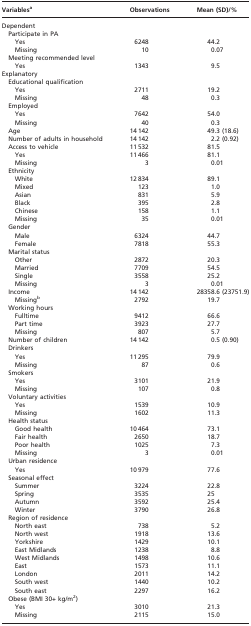
<table><thead><tr><td><b>Variables<sup>a</sup></b></td><td><b>Observations</b></td><td><b>Mean (SD)/%</b></td></tr></thead><tbody><tr><td>Dependent</td><td></td><td></td></tr><tr><td>Participate in PA</td><td></td><td></td></tr><tr><td>Yes</td><td>6248</td><td>44.2</td></tr><tr><td>Missing</td><td>10</td><td>0.07</td></tr><tr><td>Meeting recommended level</td><td></td><td></td></tr><tr><td>Yes</td><td>1343</td><td>9.5</td></tr><tr><td>Explanatory</td><td></td><td></td></tr><tr><td>Educational qualification</td><td></td><td></td></tr><tr><td>Yes</td><td>2711</td><td>19.2</td></tr><tr><td>Missing</td><td>48</td><td>0.3</td></tr><tr><td>Employed</td><td></td><td></td></tr><tr><td>Yes</td><td>7642</td><td>54.0</td></tr><tr><td>Missing</td><td>40</td><td>0.3</td></tr><tr><td>Age</td><td>14 142</td><td>49.3 (18.6)</td></tr><tr><td>Number of adults in household</td><td>14 142</td><td>2.2 (0.92)</td></tr><tr><td>Access to vehicle</td><td>11 532</td><td>81.5</td></tr><tr><td>Yes</td><td>11 466</td><td>81.1</td></tr><tr><td>Missing</td><td>3</td><td>0.01</td></tr><tr><td>Ethnicity</td><td></td><td></td></tr><tr><td>White</td><td>12 834</td><td>89.1</td></tr><tr><td>Mixed</td><td>123</td><td>1.0</td></tr><tr><td>Asian</td><td>831</td><td>5.9</td></tr><tr><td>Black</td><td>395</td><td>2.8</td></tr><tr><td>Chinese</td><td>158</td><td>1.1</td></tr><tr><td>Missing</td><td>35</td><td>0.01</td></tr><tr><td>Gender</td><td></td><td></td></tr><tr><td>Male</td><td>6324</td><td>44.7</td></tr><tr><td>Female</td><td>7818</td><td>55.3</td></tr><tr><td>Marital status</td><td></td><td></td></tr><tr><td>Other</td><td>2872</td><td>20.3</td></tr><tr><td>Married</td><td>7709</td><td>54.5</td></tr><tr><td>Single</td><td>3558</td><td>25.2</td></tr><tr><td>Missing</td><td>3</td><td>0.01</td></tr><tr><td>Income</td><td>14 142</td><td>28358.6 (23751.9)</td></tr><tr><td>Missing<sup>b</sup></td><td>2792</td><td>19.7</td></tr><tr><td>Working hours</td><td></td><td></td></tr><tr><td>Fulltime</td><td>9412</td><td>66.6</td></tr><tr><td>Part time</td><td>3923</td><td>27.7</td></tr><tr><td>Missing</td><td>807</td><td>5.7</td></tr><tr><td>Number of children</td><td>14 142</td><td>0.5 (0.90)</td></tr><tr><td>Drinkers</td><td></td><td></td></tr><tr><td>Yes</td><td>11 295</td><td>79.9</td></tr><tr><td>Missing</td><td>87</td><td>0.6</td></tr><tr><td>Smokers</td><td></td><td></td></tr><tr><td>Yes</td><td>3101</td><td>21.9</td></tr><tr><td>Missing</td><td>107</td><td>0.8</td></tr><tr><td>Voluntary activities</td><td></td><td></td></tr><tr><td>Yes</td><td>1539</td><td>10.9</td></tr><tr><td>Missing</td><td>1602</td><td>11.3</td></tr><tr><td>Health status</td><td></td><td></td></tr><tr><td>Good health</td><td>10 464</td><td>73.1</td></tr><tr><td>Fair health</td><td>2650</td><td>18.7</td></tr><tr><td>Poor health</td><td>1025</td><td>7.3</td></tr><tr><td>Missing</td><td>3</td><td>0.01</td></tr><tr><td>Urban residence</td><td></td><td></td></tr><tr><td>Yes</td><td>10 979</td><td>77.6</td></tr><tr><td>Seasonal effect</td><td></td><td></td></tr><tr><td>Summer</td><td>3224</td><td>22.8</td></tr><tr><td>Spring</td><td>3535</td><td>25</td></tr><tr><td>Autumn</td><td>3592</td><td>25.4</td></tr><tr><td>Winter</td><td>3790</td><td>26.8</td></tr><tr><td>Region of residence</td><td></td><td></td></tr><tr><td>North east</td><td>738</td><td>5.2</td></tr><tr><td>North west</td><td>1918</td><td>13.6</td></tr><tr><td>Yorkshire</td><td>1429</td><td>10.1</td></tr><tr><td>East Midlands</td><td>1238</td><td>8.8</td></tr><tr><td>West Midlands</td><td>1498</td><td>10.6</td></tr><tr><td>East</td><td>1573</td><td>11.1</td></tr><tr><td>London</td><td>2011</td><td>14.2</td></tr><tr><td>South west</td><td>1440</td><td>10.2</td></tr><tr><td>South east</td><td>2297</td><td>16.2</td></tr><tr><td>Obese (BMI 30+ kg/m<sup>2</sup>)</td><td></td><td></td></tr><tr><td>Yes</td><td>3010</td><td>21.3</td></tr><tr><td>Missing</td><td>2115</td><td>15.0</td></tr></tbody></table>